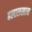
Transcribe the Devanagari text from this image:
हलालखान